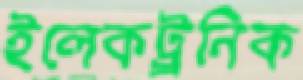
ইলেকট্র্রনিক